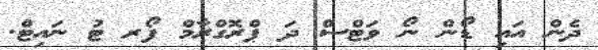
ދެން އައި ޑޯން ނޯ ވަޓްސް ދަ ޕްރޮގްރާމް ފޯރ ޓު ނައިޓް.